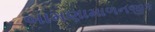
બામણામાળનજીક